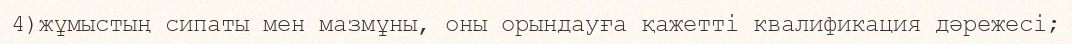
4)жұмыстың сипаты мен мазмұны, оны орындауға қажетті квалификация дәрежесі;